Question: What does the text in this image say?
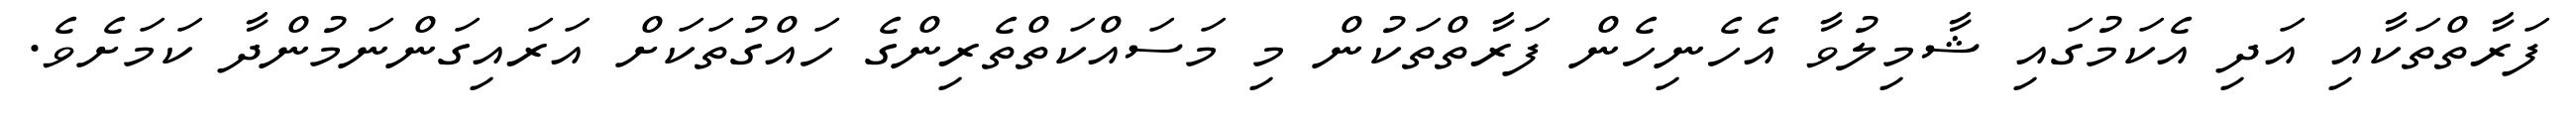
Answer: ފަރާތްތަކާއި އަދި އެކަމުގައި ޝާމިލުވާ އެހެނިހެން ފަރާތްތަކުން މި މަސައްކަތްތެރިންގެ ހައްގުތަކަށް އަރައިގަންނަމުންދާ ކަމަށެވެ.